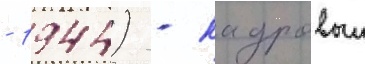
- 1944) - кадровыи